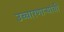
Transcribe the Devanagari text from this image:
उच्चारणाऱ्यांची